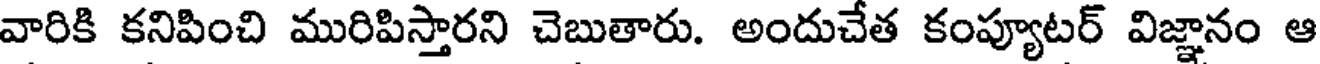
వారికి కనిపించి మురిపిస్తారని చెబుతారు. అందుచేత కంప్యూటర్ విజ్ఞానం ఆ